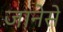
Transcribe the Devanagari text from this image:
जानेसे